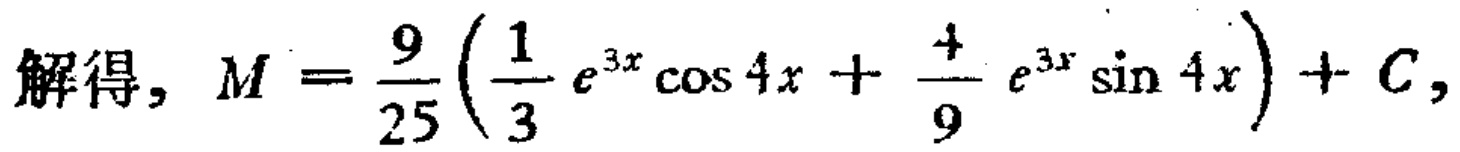
解得, \(M = \frac{9}{25}\left(\frac{1}{3} e^{3x} \cos 4x + \frac{4}{9} e^{3x} \sin 4x\right) + C\)